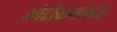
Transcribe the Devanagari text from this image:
फोटोकण्डक्टर